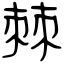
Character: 棘